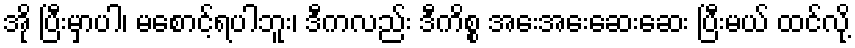
အို ပြီးမှာပါ၊ မစောင့်ရပါဘူး၊ ဒီကလည်း ဒီကိစ္စ အေးအေးဆေးဆေး ပြီးမယ် ထင်လို့